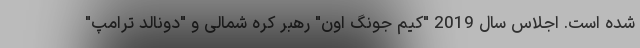
شده است. اجلاس سال 2019 "کیم جونگ اون" رهبر کره شمالی و "دونالد ترامپ"